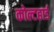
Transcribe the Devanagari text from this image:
कोल्टहार्ड